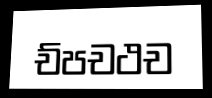
ච්පචථච